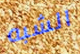
الشبه